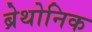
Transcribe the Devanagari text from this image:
ब्रेथोनिक